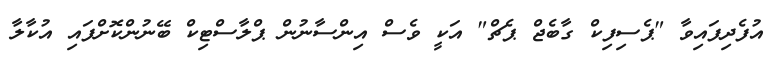
އުފެދިފައިވާ "ޕެސިފިކް ގާބެޖް ޕެޗް" އަކީ ވެސް އިންސާނުން ޕްލާސްޓިކް ބޭނުންކޮށްފައި އުކާލާ